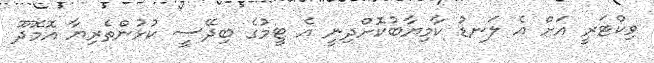
ވިކްޓަރީ އަށް އެ ލަނޑު ކާމިޔާބުކޮށްދިނީ އެ ޓީމުގެ ބިދޭސީ ކުޅުންތެރިޔާ އޮމޮދޫ